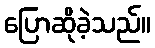
ပြောဆိုခဲ့သည်။